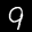
Label: 9